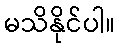
မသိနိုင်ပါ။